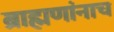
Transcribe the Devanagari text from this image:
ब्राह्मणांनाच